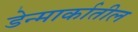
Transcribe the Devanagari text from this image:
डेन्मार्कातील